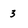
Character: 3